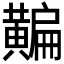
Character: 𪏗